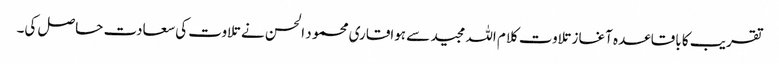
تقریب کا باقاعدہ آغاز تلاوت کلام اللہ مجید سے ہواقاری محمو د الحسن نے تلاوت کی سعادت حاصل کی۔